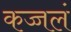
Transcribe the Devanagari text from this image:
कज्जलं